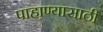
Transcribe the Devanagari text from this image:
पाहाण्यासाठी